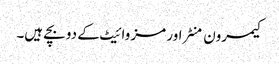
کیمرون منٹراور مز وائیٹ کے دو بچے ہیں۔